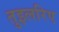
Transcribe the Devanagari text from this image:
तुइलरिए